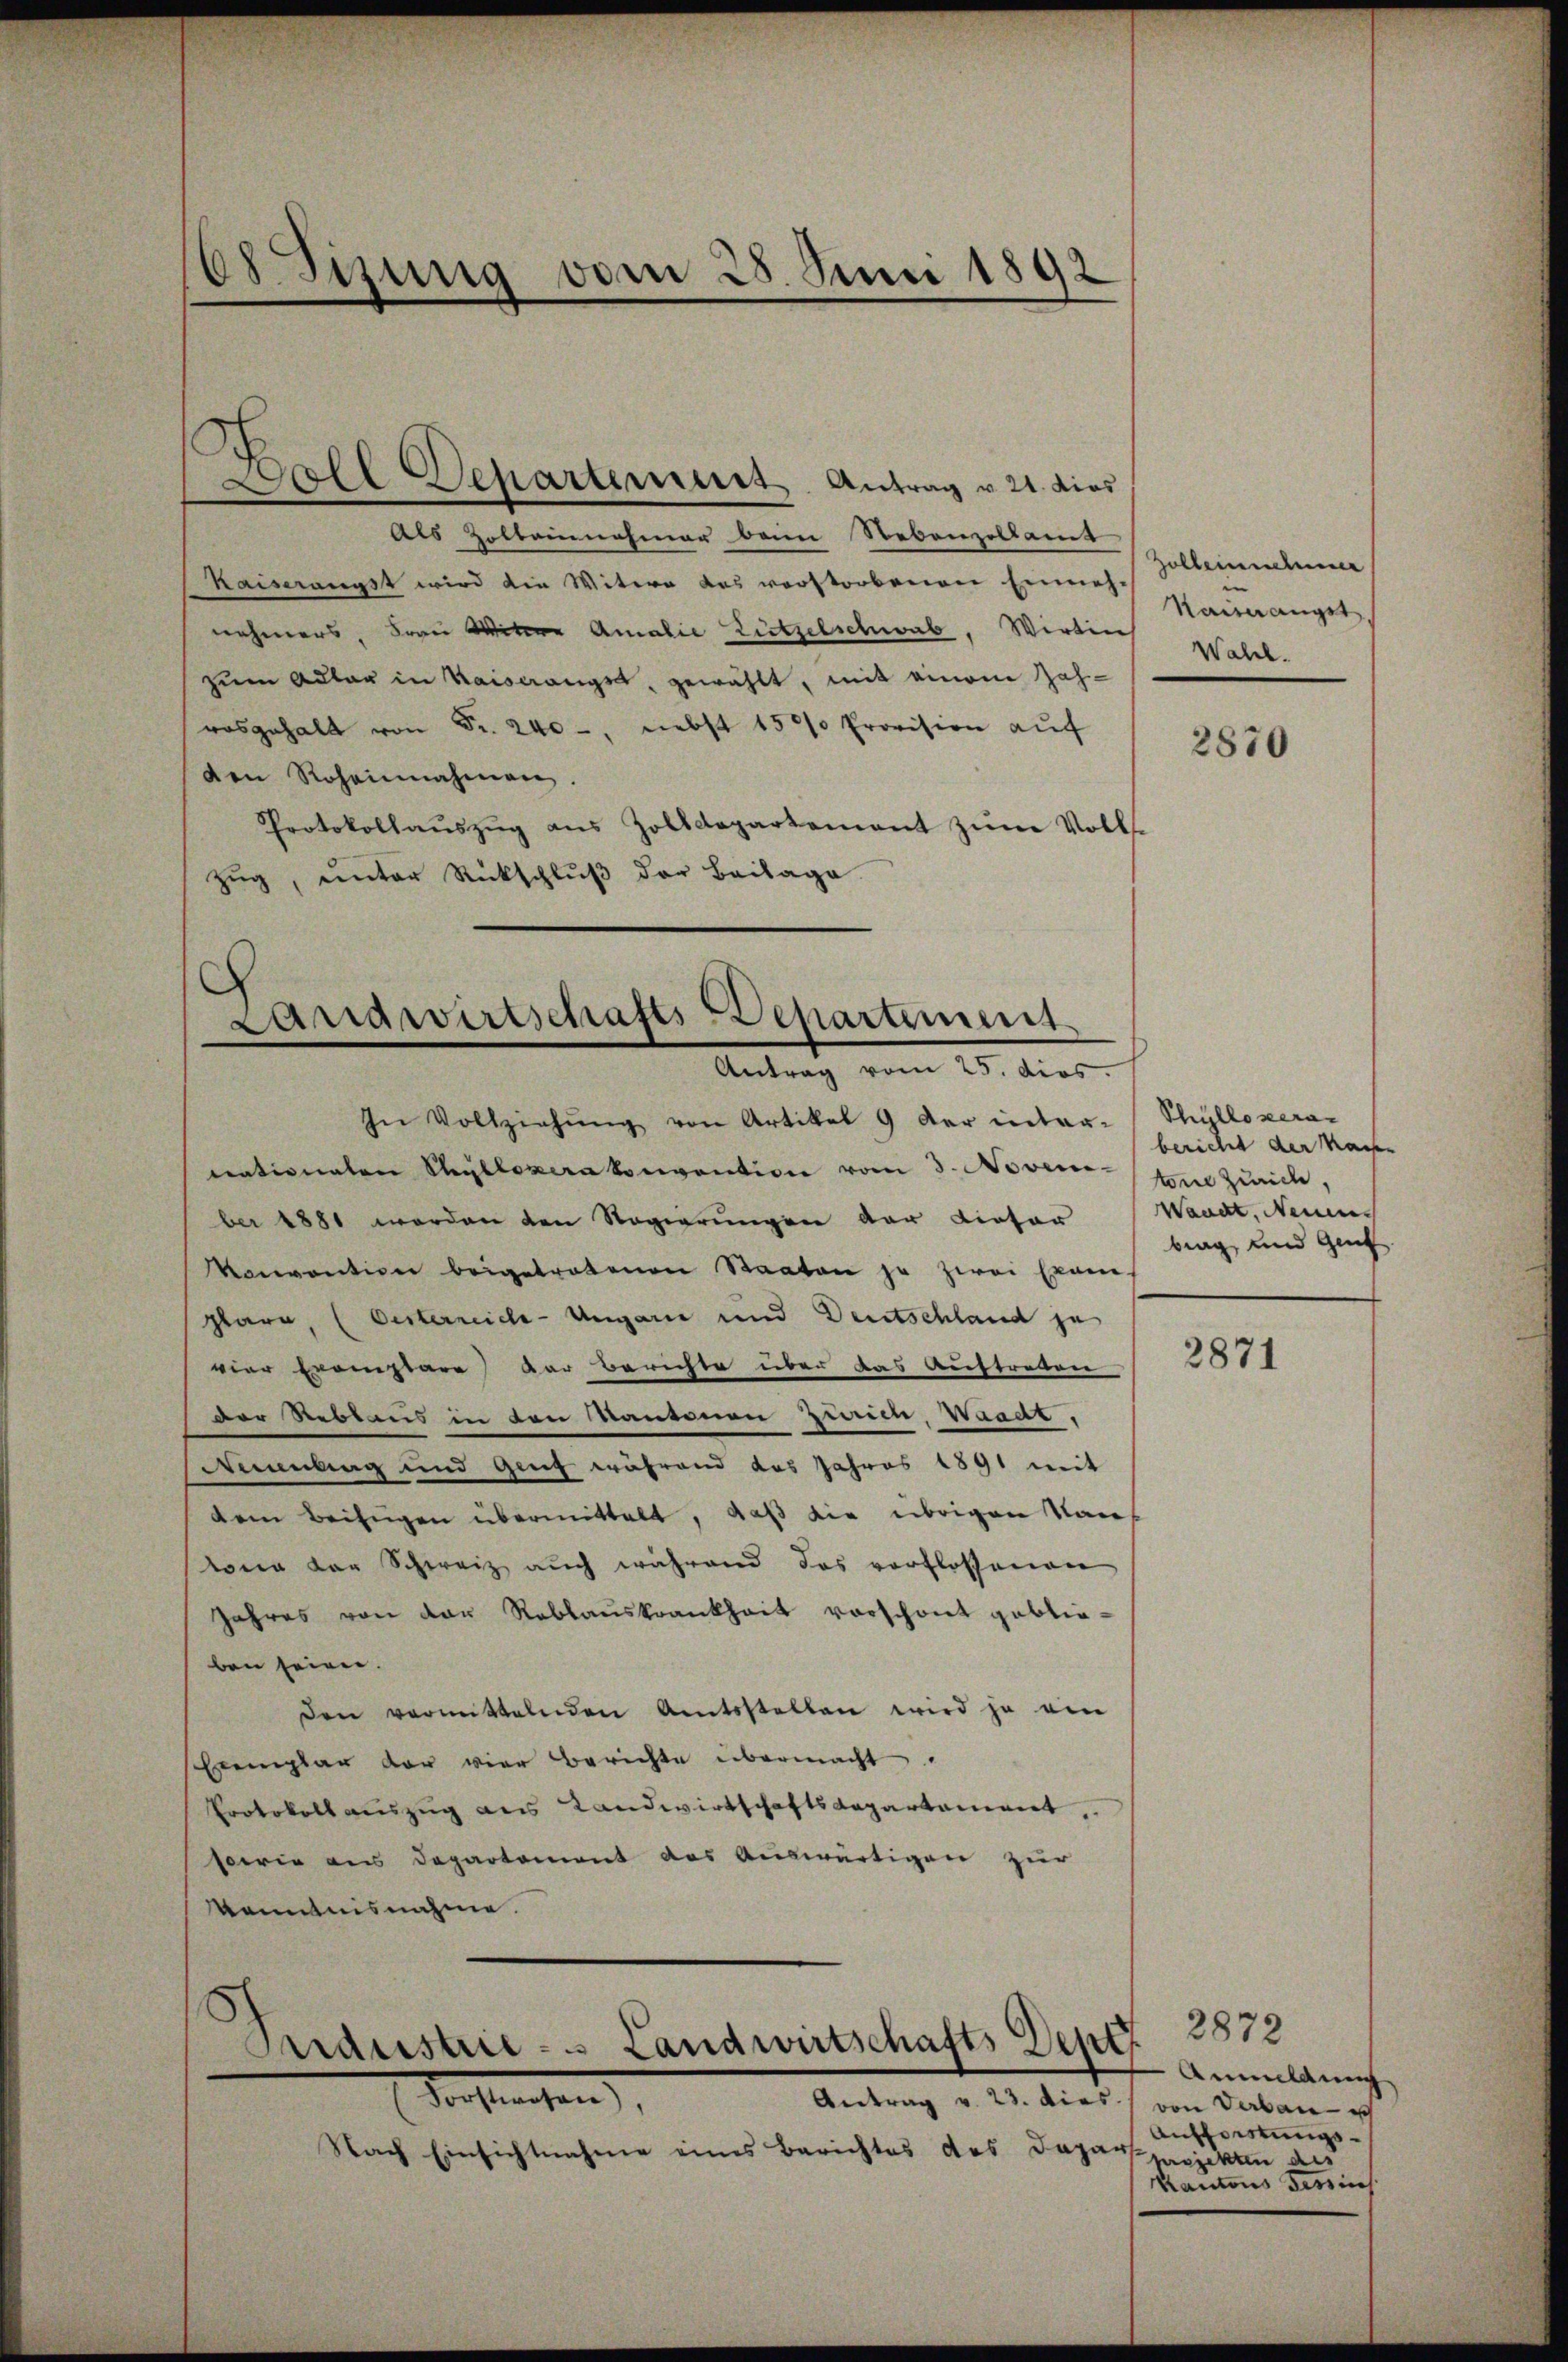
68 Tizung vom 28. Juni 1892

Als Holtennehmer beim Rebenzellamt
Kaiserangst wird die Witere das vorstorbenen Einneh-
nehmers, Frau Witwe Amalie Lützelschwab, Wirtin
zum Adler in Kaiserangst, gewählt, mit einem Zah-
rosgehalt von Fr. 240, nebst 1500 Provision auf
den Roheinnahmen.
Protokollaŭszŭg ans Zolldepartement zŭm Volls-
Zug, unter Rückschluß der Beilage

C
ll Departerners Antrag v. 21. dies

Landwirtschafts-Departement
Antrag vom 25. dies

In Vollziehŭng von Artikel 9 der inter-
nationaten Steylloperatonvention vom 3. Novem-
ber 1881 werden den Regierungen der Liefer
Konvention beigetretenen Staaten ja zwei Exam
plare, (Oesterreich-Ungarn und Deutschland zu
vier Exemplare der Berichte über das Auftreten
der Rebens in den Kantonen Zürich, Waadt,
Mummling und Genf während das Jahres 1891 mit
dem Beifügen übermittelt, daß die übrigen Name
wong der Schweiz auch während das verflossenen
Jahres von der Reblauskrankheit vorschont geblieben seine.
den vermittelnden Amtsstellen wird ja ein
Exemplar dar vier Berichte übermacht.
Protokoll auszug aus Landwirtschaftsdepartament,
sowie aus Departement das Auswärtigen zur
Kenntnisnahme.
Vorstehen,
Antrag v. 23. dies von Verbau - ich
Nach Einsichtnahme eines Berichtes des Dapa

Pardustrie - Landwirtschafts Den 2872

Zollenendene
Kaiserangst,
Wahl.

2870

Shylloveran
bericht der Kaisen
tone Zürich,
Waadt, Neuen
brag und Genf.

2871

Anmeldung
Aufforstungsprojekten des
Rautons Tessin